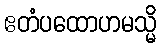
ဧတံပထောဟမသ္မိ